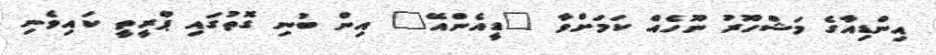
އިންޑިއާގެ މަޝްހޫރު ނޫހެއް ކަމަށްވާ "ޑީއެންއޭ" އިން ބުނި ގޮތުގައި ޕްރީތީ ކައިވެނި